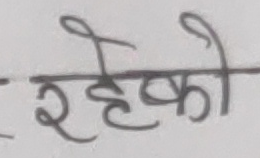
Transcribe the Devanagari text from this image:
रहेको